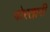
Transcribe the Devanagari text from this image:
गोरतारी